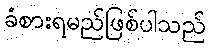
ခံစားရမည်ဖြစ်ပါသည်